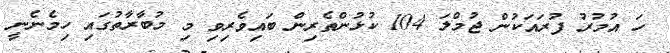
ހަ އުމުރު ފުރައަކުން ޖުމްލަ 104 ކުޅުންތެރިން ބައިވެރިވި މި މުބާރާތުގައި ހިމެނެނީ